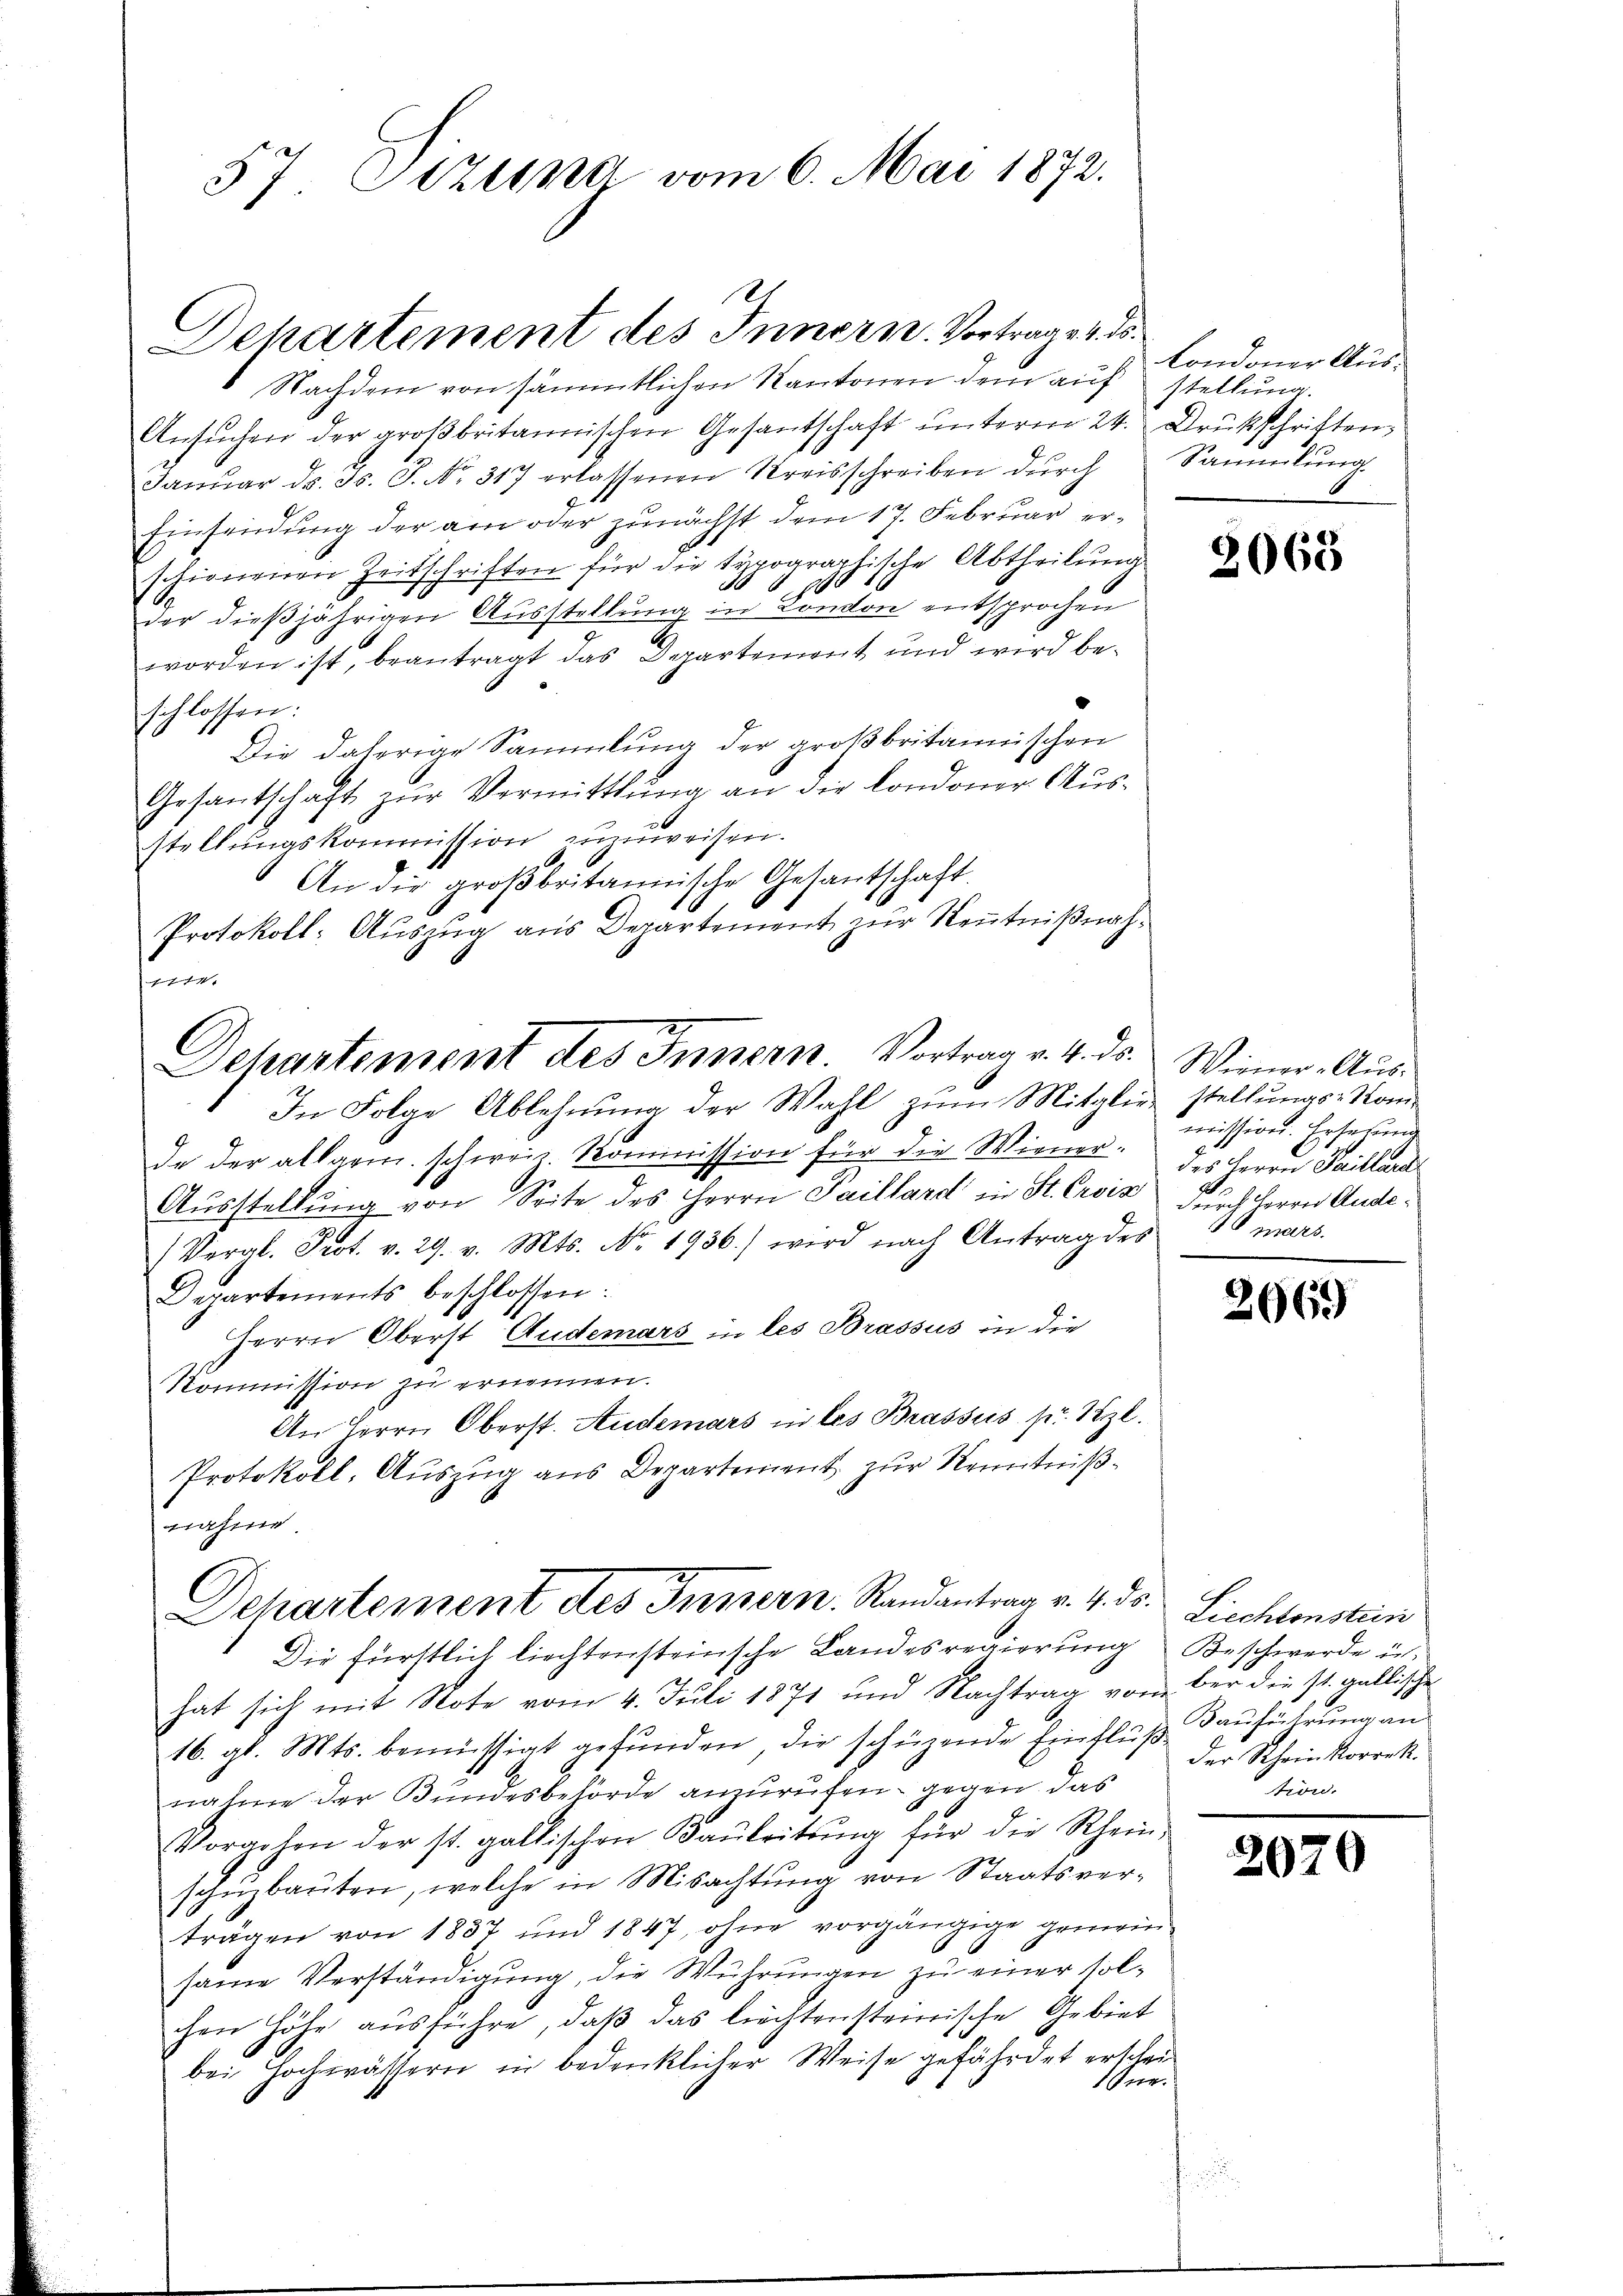
57 Sitzung vom 6. Mai 1872.

r
Dehartement des Innern. Vortrage 4. ds.

Nachdem von sämmtlichen Kantonen dem auf
Ansŭchen der groβbritannischen Gesantschaft ŭnterm 24. Drückschriften,
Janŭar d. d. J. No. 317 erlassenen Kreisschreiben dŭrch Sammlung
Einsendung der am oder zunächst dem 17. Februar erschienenen Zeitschriften für die typographische Abtheilŭng
der dießjährigen Ausstellung in London entsprochen
worden ist, beantragt das Departement und wird beschlossen:
Die daherige Sammlung der großbritannischen
Gesantschaft zŭr Vermittlung an die Londoner Ausstellungskommission zuzuweisen.
An die großbritannische Gesantschaft
Protokoll-Auszug aus Departement zur Kenntnißnah¬
In Folge Ablehnung der Wahl zum Mitglie stellungs-Komde der allgem. schweiz Kommission für die Wiener: des Herrn Saitland
Aŭsstellŭng von Seite des Herrn Paillard in St. Crois durch Herrn Ande¬
(Vergl. Prot. v. 29. v. Mts. No. 1936.) wird nach Antrag des
Departements beschlossen:
Herrn Oberst Anderars in les Brassus in die
Kommission zu ernennen.
An Herrn Oberst. Anderars in les Brassus pr. Szl.
Protokoll. Auszug aus Departement zur Kenntnißnahme.
Departement des Preisern. Randantrag v. 4. ds. Liechtenstein
Die fürstlich liechtensteinsche Landesregierung Beschwerde in
hat sich mit Note vom 4. Juli 1871 und Nachtrag vom ber die st. gallische
16. gl. Mts. bemüssigt gefŭnden, die schüzende Einflŭβ Bauführŭng an
nahme der Bundesbehörde anzurufen gegen das
Vorgehen der st. gallischen Baŭleitŭng für die Rhein-
schuzbauten, welche in Misachtung von Staatsverträgen von 1837 und 1847, ohne vorgängige gemein-
same Verständigung, die Wuhrungen zu einer solchen Höhe ausführe, daβ das liechtensteinische Gebiet
bei Hochwässern in bedenklicher Weise gefährdet erschei¬
Ine.

f
Dehartement des Innern. Vortrag v. 4. ds. Winner-Aus¬

Condoner Ausstellung.

2068

mission. Ersehung
mars.

2669

der Rheinkorrek
tion.

2020